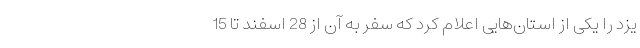
یزد را یکی از استان‌هایی اعلام کرد که سفر به آن از 28 اسفند تا 15